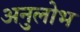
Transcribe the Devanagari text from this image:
अनुलोभ